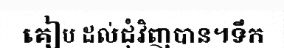
គៀប ដល់ជុំវិញបាន។ទឹក